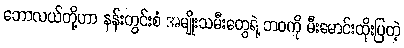
ဘောလယ်တို့ဟာ နန်းတွင်းစံ အမျိုးသမီးတွေရဲ့ ဘဝကို မီးမောင်းထိုးပြတဲ့